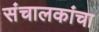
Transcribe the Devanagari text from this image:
संचालकांचा